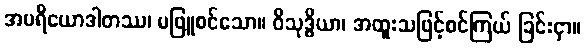
အပရိယောဒါတဿ၊ မဖြူစင်သော။ ဝိသုဒ္ဓိယာ၊ အထူးသဖြင့်စင်ကြယ် ခြင်းငှာ။